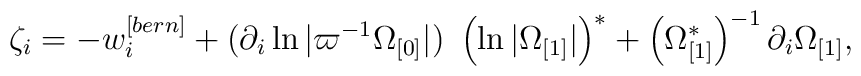
\zeta _{i}=-w_{i}^{[bern]}+(\partial _{i}\ln |\varpi ^{-1}\Omega _{\lbrack0]}|)~\left( \ln |\Omega _{\lbrack 1]}|\right) ^{\ast }+\left( \Omega_{\lbrack 1]}^{\ast }\right) ^{-1}\partial _{i}\Omega _{\lbrack 1]},